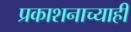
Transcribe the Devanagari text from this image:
प्रकाशनाच्याही